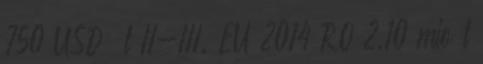
750 USD t II-III. EU 2014 RO 2,10 mio t